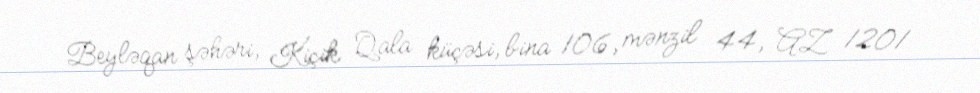
Beyləqan şəhəri, Kiçik Qala küçəsi, bina 106, mənzil 44, AZ 1201